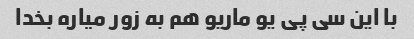
با این سی پی یو ماریو هم به زور میاره بخدا